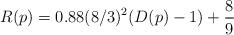
LaTeX: \begin{align*}R(p) = 0.88(8/3)^2(D(p)-1) + \frac{8}{9}\end{align*}